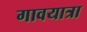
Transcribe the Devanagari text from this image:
गावयात्रा